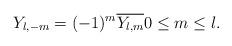
LaTeX: \begin{align*}Y_{l,-m}=(-1)^{m}\overline{Y_{l,m}}0\leq m\leq l. \end{align*}